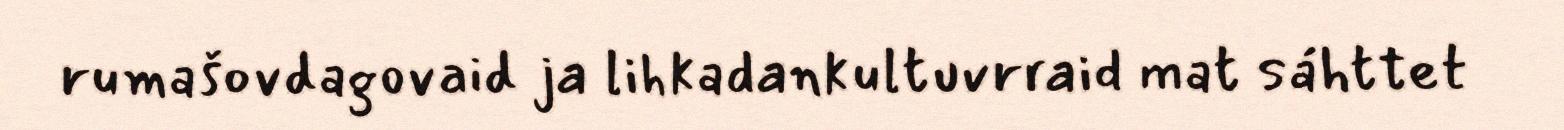
rumašovdagovaid ja lihkadankultuvrraid mat sáhttet